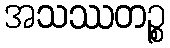
အသဿတဉ္စ